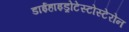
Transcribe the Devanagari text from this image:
डाईहाइड्रोटेस्टोस्टेरोन